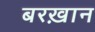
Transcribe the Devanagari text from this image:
बरख़ान